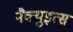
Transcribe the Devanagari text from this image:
नैक्युइत्स